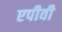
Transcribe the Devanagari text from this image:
एपीवी